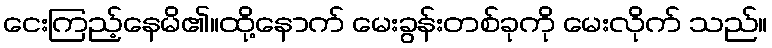
ငေးကြည့်နေမိ၏။ထို့နောက် မေးခွန်းတစ်ခုကို မေးလိုက် သည်။